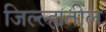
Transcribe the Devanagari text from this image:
जिल्ल्ह्यतील